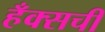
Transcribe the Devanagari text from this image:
हँक्सची